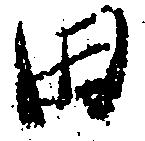
田